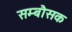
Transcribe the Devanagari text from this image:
सम्बौसक